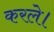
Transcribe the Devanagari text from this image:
करले।